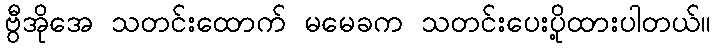
ဗွီအိုအေ သတင်းထောက် မမေခက သတင်းပေးပို့ထားပါတယ်။